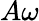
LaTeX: A\omega